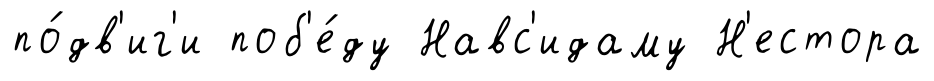
по́дв'иг'и поб'е́ду Навс'идаму Н'естора